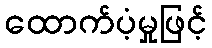
ထောက်ပံ့မှုဖြင့်